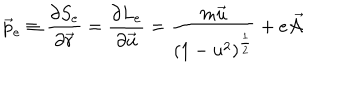
\vec { p } _ { e } \equiv \frac { \partial S _ { e } } { \partial \vec { r } } = \frac { \partial L _ { e } } { \partial \vec { u } } = \frac { m \vec { u } } { ( 1 - u ^ { 2 } ) ^ { \frac { 1 } { 2 } } } + e \vec { { \cal A } }